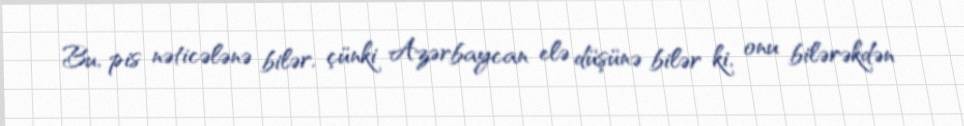
Bu, pis nəticələnə bilər, çünki Azərbaycan elə düşünə bilər ki, onu bilərəkdən